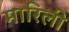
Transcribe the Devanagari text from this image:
मारिली